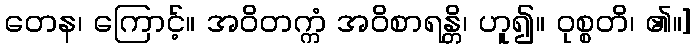
တေန၊ ကြောင့်။ အဝိတက္ကံ အဝိစာရန္တိ၊ ဟူ၍။ ဝုစ္စတိ၊ ၏။]